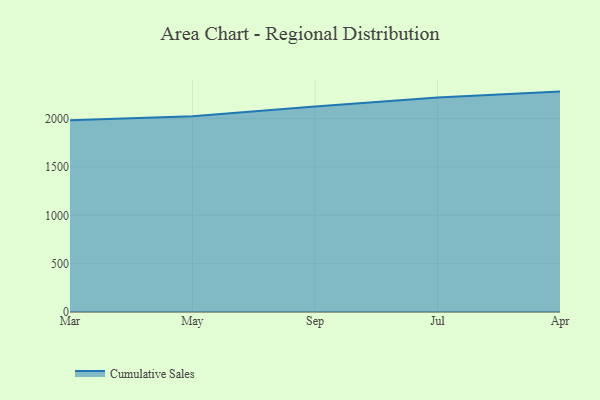
{"axis": {"x": "Month", "y": "Bounce Rate (%)"}, "legend": ["Cumulative Sales"], "data": [{"x": "Mar", "y": 1982.7, "type": "Cumulative Sales"}, {"x": "May", "y": 2024.4, "type": "Cumulative Sales"}, {"x": "Sep", "y": 2124.4, "type": "Cumulative Sales"}, {"x": "Jul", "y": 2218.5, "type": "Cumulative Sales"}, {"x": "Apr", "y": 2279.4, "type": "Cumulative Sales"}]}